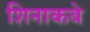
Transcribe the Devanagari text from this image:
शिनाकबे